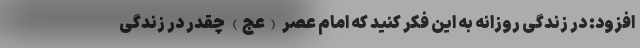
افزود: در زندگی روزانه به این فکر کنید که امام عصر (عج) چقدر در زندگی